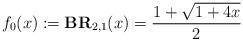
LaTeX: \begin{align*}f_0(x):=\textbf{BR}_{2,1}(x)=\frac{1+\sqrt{1+4x}}{2}\end{align*}